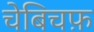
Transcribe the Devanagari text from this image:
चेबिचफ़